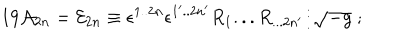
LaTeX: 1 9 { \cal A } _ { 2 n } = { \cal E } _ { 2 n } \equiv \epsilon ^ { 1 . . 2 n } \epsilon ^ { 1 ^ { \prime } . . 2 n ^ { \prime } } R _ { 1 } . . . R _ { . . . 2 n { ^ \prime } } / \sqrt { - g } \; ;